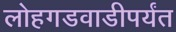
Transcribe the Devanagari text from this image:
लोहगडवाडीपर्यंत